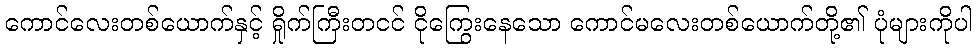
ကောင်လေးတစ်ယောက်နှင့် ရှိုက်ကြီးတငင် ငိုကြွေးနေသော ကောင်မလေးတစ်ယောက်တို့၏ ပုံများကိုပါ